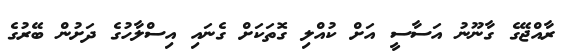
ރާއްޖޭގެ ގާނޫނު އަސާސީ އަށް ކުއްލި ގޮތަކަށް ގެނައި އިސްލާހުގެ ދަށުން ބޭރުގެ